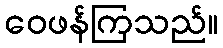
ဝေဖန်ကြသည်။